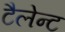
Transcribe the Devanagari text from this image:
टैलेन्ट